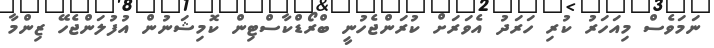
ނަމަވެސް މިއަހަރު ކުރި ހަރަދު އެވަރަށް ކުރަންޖެހުނީ ބްރޯޑްކާސްޓިން ކޮމިޝަނުން އުފުލަންޖެހޭ ޒިންމާ